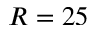
R = 2 5